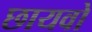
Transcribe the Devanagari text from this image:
छायवो